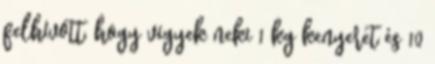
felhívott, hogy vigyek neki 1 kg kenyeret és 10